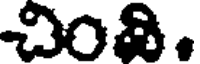
చింవి.